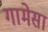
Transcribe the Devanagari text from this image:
गामेसा